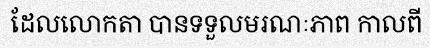
ដែលលោកតា បានទទួលមរណៈភាព កាលពី